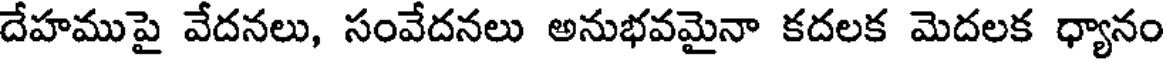
దేహముపై వేదనలు, సంవేదనలు అనుభవమైనా కదలక మెదలక ధ్యానం